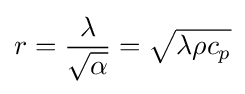
r={\frac {\lambda }{\sqrt {\alpha }}}={\sqrt {\lambda \rho c_{p}}}